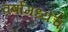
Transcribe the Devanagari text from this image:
वर्षांमध्येच